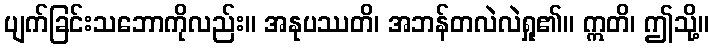
ပျက်ခြင်းသဘောကိုလည်း။ အနုပဿတိ၊ အဘန်တလဲလဲရှု၏။ ဣတိ၊ ဤသို့။